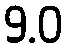
9.0